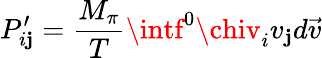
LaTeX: P_{i\mathbf{j}}^{\prime}=\frac{{M_{\pi}}}{{T}}\intf^{0}\chiv_{i}v_{\mathbf{j}}d\vec{{v}}